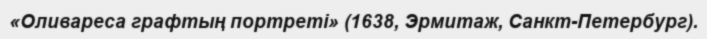
«Оливареса графтың портреті» (1638, Эрмитаж, Санкт-Петербург).